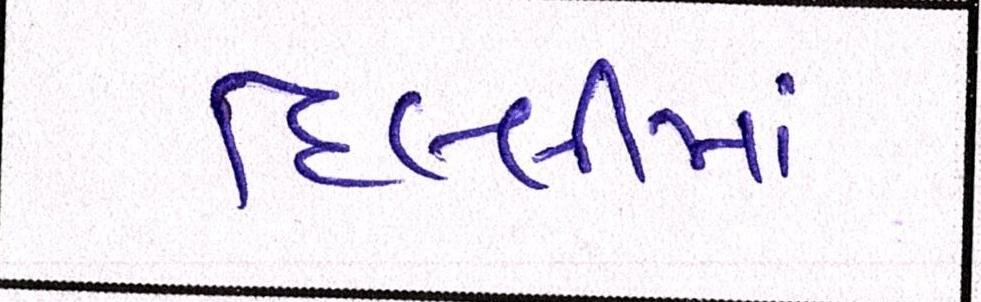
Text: દિલ્લીમાં